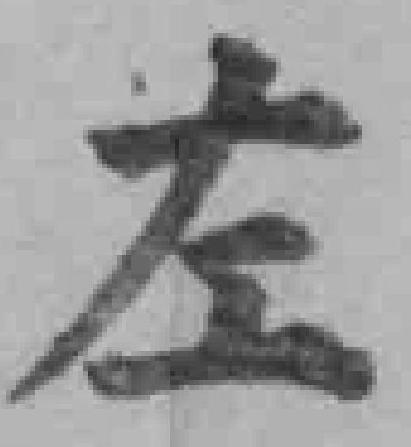
左